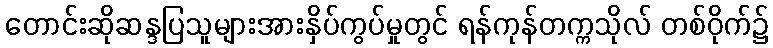
တောင်းဆိုဆန္ဒပြသူများအားနှိပ်ကွပ်မှုတွင် ရန်ကုန်တက္ကသိုလ် တစ်ဝိုက်၌